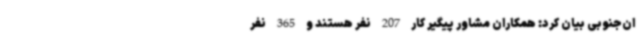
ان‌جنوبی بیان کرد: همکاران مشاور پیگیر کار 207 نفر هستند و 365 نفر